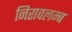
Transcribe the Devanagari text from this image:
निरावलम्ब